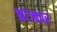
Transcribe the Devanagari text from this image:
क्रांज्कार